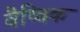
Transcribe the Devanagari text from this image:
वैष्विक